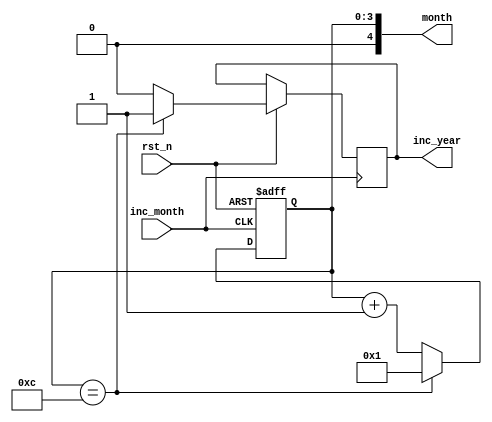

module months (
    input rst_n,
    input inc_month,
    output [4:0] month,
    output inc_year
);

  // Internal logic
  reg [3:0] months_cnt;
  reg inc_year_cnt;

  always @(posedge inc_month or negedge rst_n) begin
    if (!rst_n) begin
      months_cnt <= 5'd1;
    
    end else begin
      if (months_cnt == 5'd12) begin
        months_cnt <= 5'd1;
        inc_year_cnt   <= 1;

      end else begin
        months_cnt <= months_cnt + 1'b1;
        inc_year_cnt  <= 0;
      end
    end
  end

  assign inc_year = inc_year_cnt;
  assign month = months_cnt;
endmodule